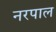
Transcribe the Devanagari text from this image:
नरपाल